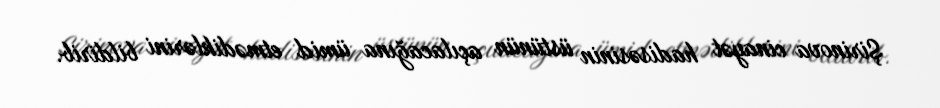
Şirinova cinayət hadisəsinin üstünün açılacağına ümid etmədiklərini bildirib.